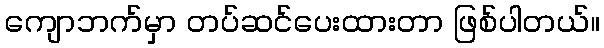
ကျောဘက်မှာ တပ်ဆင်ပေးထားတာ ဖြစ်ပါတယ်။